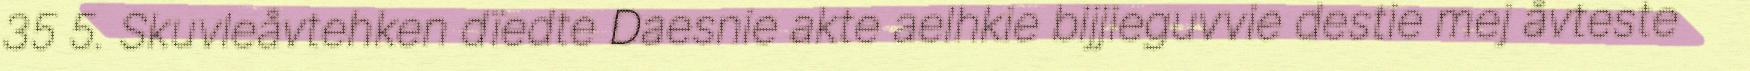
35 5. Skuvleåvtehken dïedte Daesnie akte aelhkie bijjieguvvie destie mej åvteste